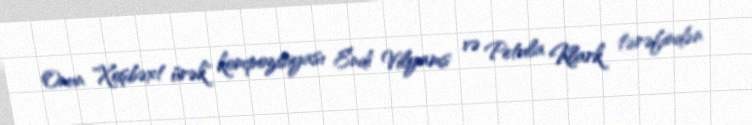
Onun "Xoşbəxt ürək" kompozisiyası Endi Vilyams və Petula Klark tərəfindən